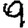
Digit: 9